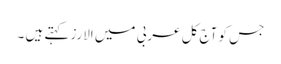
جس کو آج کل عربی میں الارز کہتے ہیں ۔